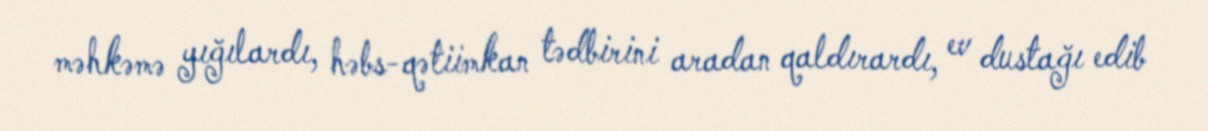
məhkəmə yığılardı, həbs-qətiimkan tədbirini aradan qaldırardı, ev dustağı edib